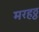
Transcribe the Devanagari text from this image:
मरहठ्ठ